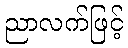
ညာလက်ဖြင့်